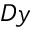
D y